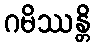
ဂမိဿန္တိ